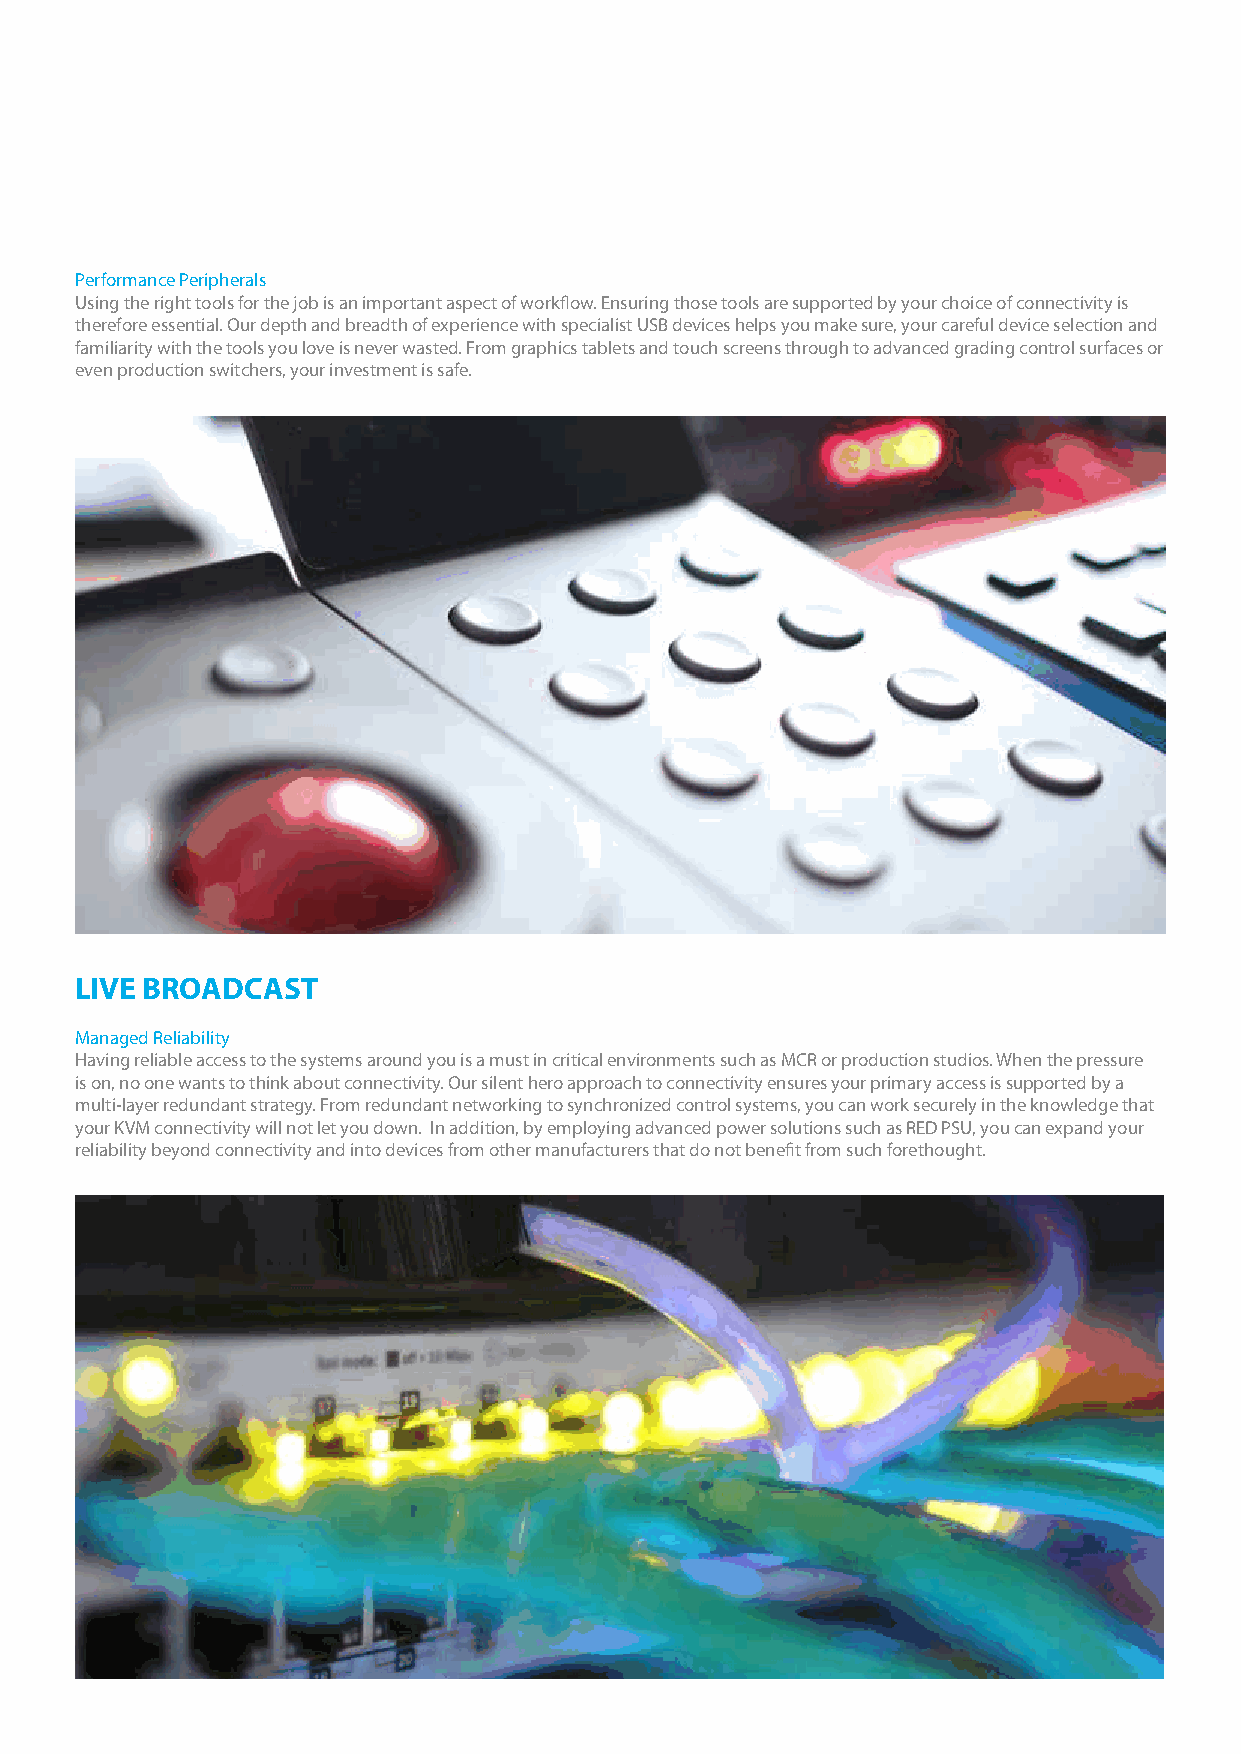
Performance Peripherals
 Using the right tools for the job is an important aspect of workflow. Ensuring those tools are supported by your choice of connectivity is
 therefore essential. Our depth and breadth of experience with specialist USB devices helps you make sure, your careful device selection and
 familiarity with the tools you love is never wasted. From graphics tablets and touch screens through to advanced grading control surfaces or
 even production switchers, your investment is safe.
 LIVE BROADCAST
 Managed Reliability
 Having reliable access to the systems around you is a must in critical environments such as MCR or production studios. When the pressure
 is on, no one wants to think about connectivity. Our silent hero approach to connectivity ensures your primary access is supported by a
 multi-layer redundant strategy. From redundant networking to synchronized control systems, you can work securely in the knowledge that
 your KVM connectivity will not let you down. In addition, by employing advanced power solutions such as RED PSU, you can expand your
 reliability beyond connectivity and into devices from other manufacturers that do not benefit from such forethought.